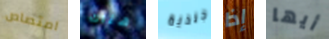
امتصاص هناك جلدية إذا أيها